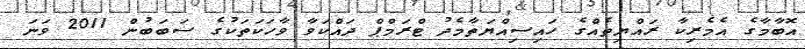
އޮބާމާގެ އެމެރިކާ ރައްޔިތެއްގެ ހައިސިއްޔަތާމެދު ޓްރަމްޕް ދައްކަވާ ވާހަކަތަކުގެ ސަބަބުން 2011 ވަނަ